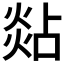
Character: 煔